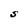
Character: S